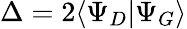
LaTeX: \Delta=2\langle\Psi_{D}|\Psi_{G}\rangle